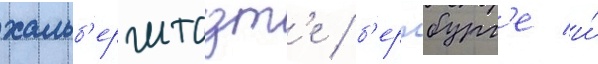
хальб'ерштадт'е / б'ернбург'е и́